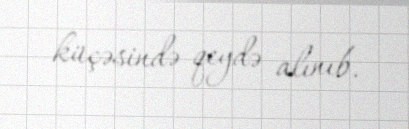
küçəsində qeydə alınıb.